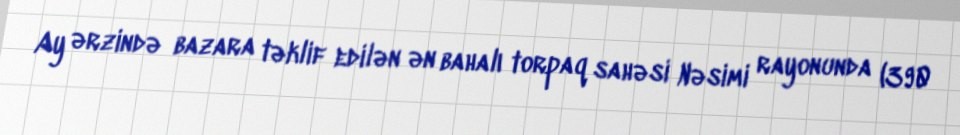
Ay ərzində bazara təklif edilən ən bahalı torpaq sahəsi Nəsimi rayonunda (390